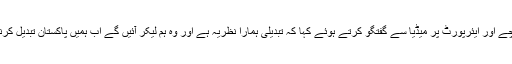
جہانگیر ترین رات گئے کراچی پہنچے اور ایئرپورٹ پر میڈیا سے گفتگو کرتے ہوئے کہا کہ تبدیلی ہمارا نظریہ ہے اور وہ ہم لیکر آئیں گے اب ہمیں پاکستان تبدیل کرنا ہے اور کراچی کو تبدیل کرنا ہے۔